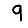
Digit: 9